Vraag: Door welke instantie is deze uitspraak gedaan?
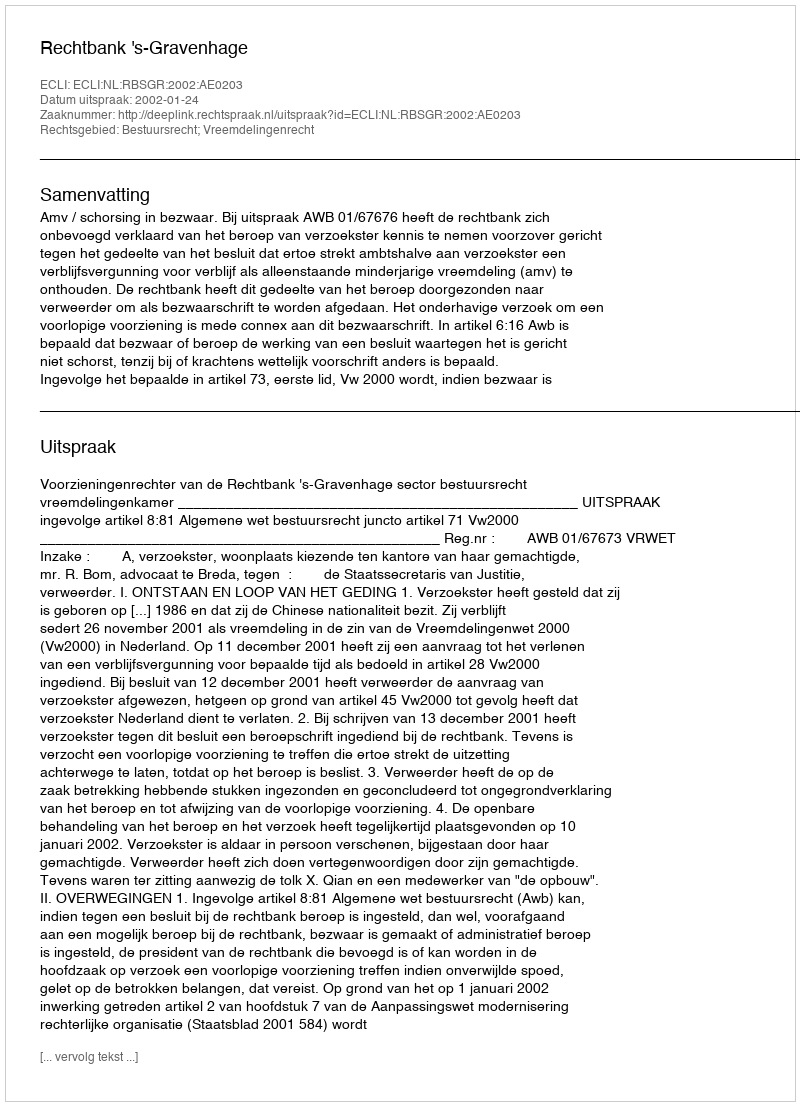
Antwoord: Rechtbank 's-Gravenhage